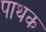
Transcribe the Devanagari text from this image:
पाथक